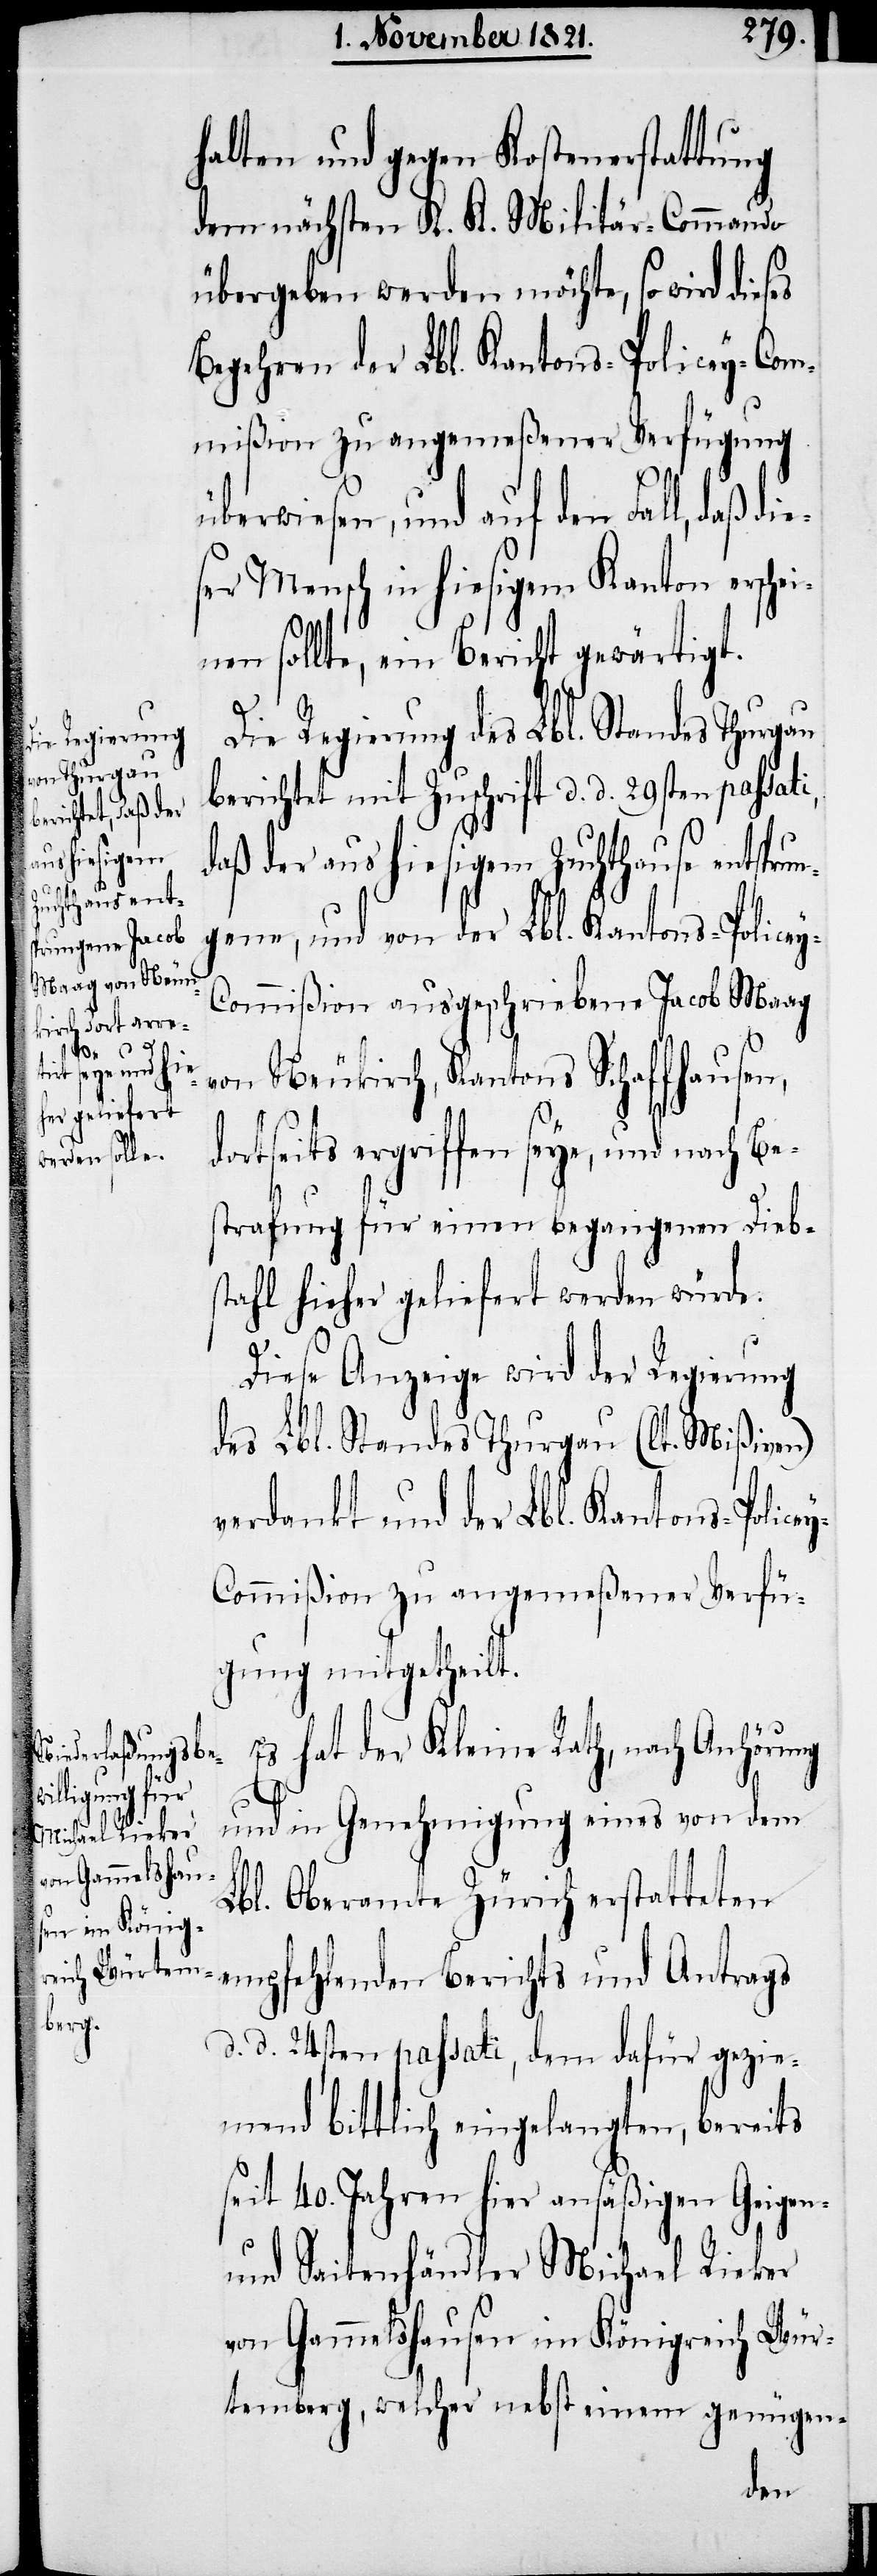
halten und gegen Kostenerstattung
dem nächsten K. K. Militär-Commando
übergeben werden möchte, so wird dieses
Begehren der Lbl. Kantons-Policey-Com¬
mißion zu angemeßener Verfügung
überwiesen, und auf den Fall, daß di¬
ser Mensch in hiesigem Kanton erschei¬
nen sollte, ein Bericht gewärtigt.
Die Regierung des Lbl. Standes Thurgau
berichtet mit Zuschrift d. d. 29sten passat¬
daß der aus hiesigem Zuchthause entspru¬
ene, und von der Lbl. Kantons-Police¬
ommißion ausgeschriebene Jacob Maag
y-C¬
von Neukirch, Kantons Schaffhausen,
dortseits ergriffen seye, und nach Be¬
strafung für einen begangenen Diebs¬
tahl hieher geliefert werden würde.
Diese Anzeige wird der Regierung
des Lbl. Standes Thurgau (lt. Mißiven)
verdankt und der Lbl. Kantons-Police¬
y-Commißion zu angemeßener Verfü¬
gung mitgetheilt.
Es hat der Kleine Rath, nach Anhörung
und in Genehmigung eines von dem
Lbl. Oberamte Zürich erstatteten
empfehlenden Berichts und Antrags
d. d. 24sten passati, dem dafür gezie¬
mend bittlich eingelangten, bereits
seit 40. Jahren hier ansäßigen Geigen-
und Saitenhändler Michael Rieker
von Gammelshausen im Königreich Wür¬
temberg, welcher nebst einem genügen-